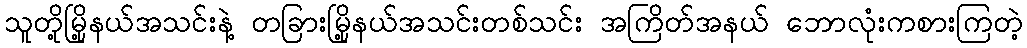
သူတို့မြို့နယ်အသင်းနဲ့ တခြားမြို့နယ်အသင်းတစ်သင်း အကြိတ်အနယ် ဘောလုံးကစားကြတဲ့